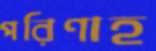
পরিণাহ